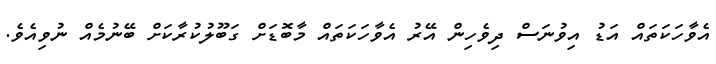
އެވާހަކަތައް އަޑު އިވުނަސް ދިވެހިން އޭރު އެވާހަކަތައް މާބޮޑަށް ގަބޫލުކުރާކަށް ބޭނުމެއް ނުވިއެވެ.